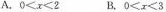
A. $$0<x<2$$ B.$$0<x<3$$